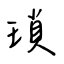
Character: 瑣